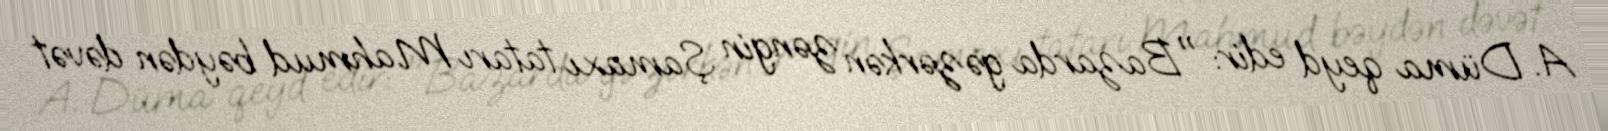
A. Düma qeyd edir: "Bazarda gəzərkən zəngin Şamaxı tatarı Mahmud bəydən dəvət